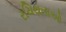
રચિયતાઓ